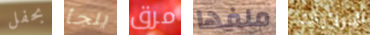
بحفل يلجأ مرق ملفها الدولارات